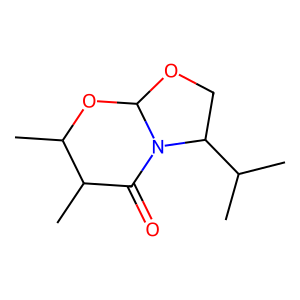
SMILES: CC(C)C1COC2OC(C)C(C)C(=O)N21
Inhibits HIV replication: No